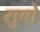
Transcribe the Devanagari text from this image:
सुबो